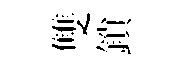
雙鎖